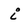
Character: i